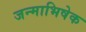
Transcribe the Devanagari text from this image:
जन्माभिषेक